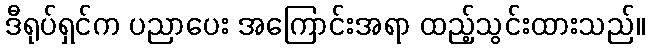
ဒီရုပ်ရှင်က ပညာပေး အကြောင်းအရာ ထည့်သွင်းထားသည်။